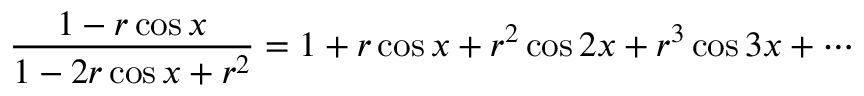
{ \frac { 1 - r \cos x } { 1 - 2 r \cos x + r ^ { 2 } } } = 1 + r \cos x + r ^ { 2 } \cos 2 x + r ^ { 3 } \cos 3 x + \cdots